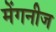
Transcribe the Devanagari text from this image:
मेंगनीज